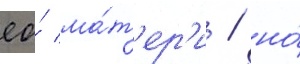
ео́ ма́т'ер'и / но́